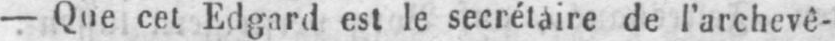
- Que cet Edgard est le secrétaire de l’archevê-